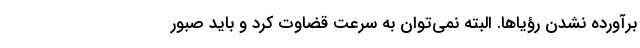
برآورده نشدن رؤیاها. البته نمی‌توان به سرعت قضاوت کرد و باید صبور